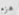
هزم